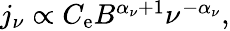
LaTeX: \begin{array}{r}{j_{\nu}\propto C_{\mathrm{e}}B^{\alpha_{\nu}+1}\nu^{-\alpha_{\nu}},}\end{array}